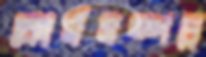
কোর্সসম্পন্ন